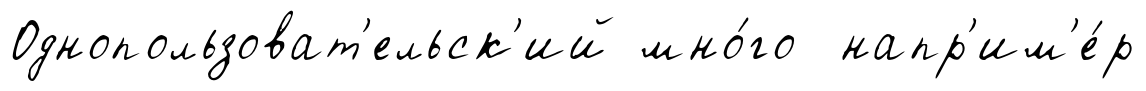
Однопользоват'ельск'ий мно́го напр'им'е́р